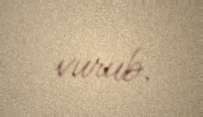
vurub.